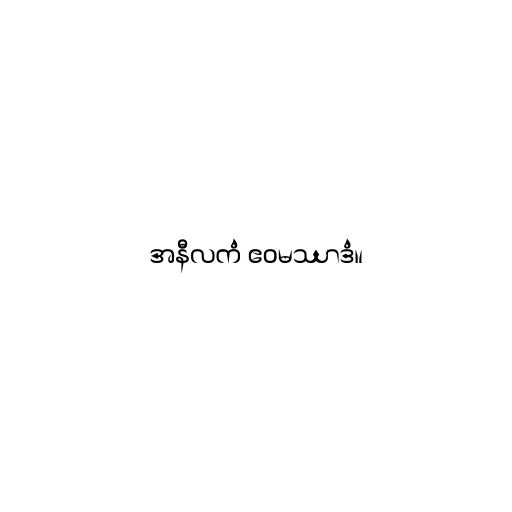
အနီလကံ ဧဝမဿာဒံ။